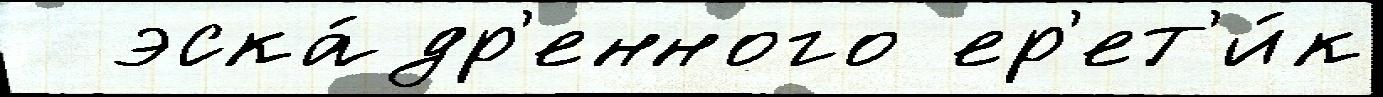
  эска́др'енного ер'ет'и́к